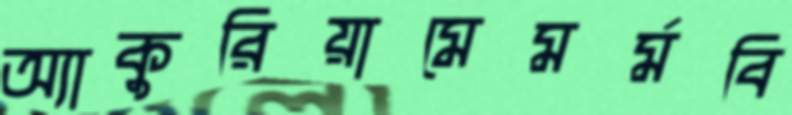
অ্যাকুরিয়ামেমর্মবি